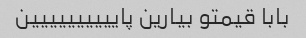
بابا قیمتو بیارین پایییییییییین